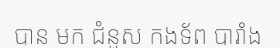
បាន មក ជំនួស កងទ័ព បារាំង